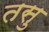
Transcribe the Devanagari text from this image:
तसु